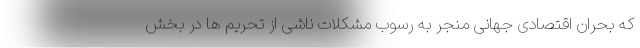
که بحران اقتصادی جهانی منجر به رسوب مشکلات ناشی از تحریم ها در بخش